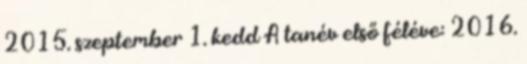
2015. szeptember 1. kedd A tanév első féléve: 2016.